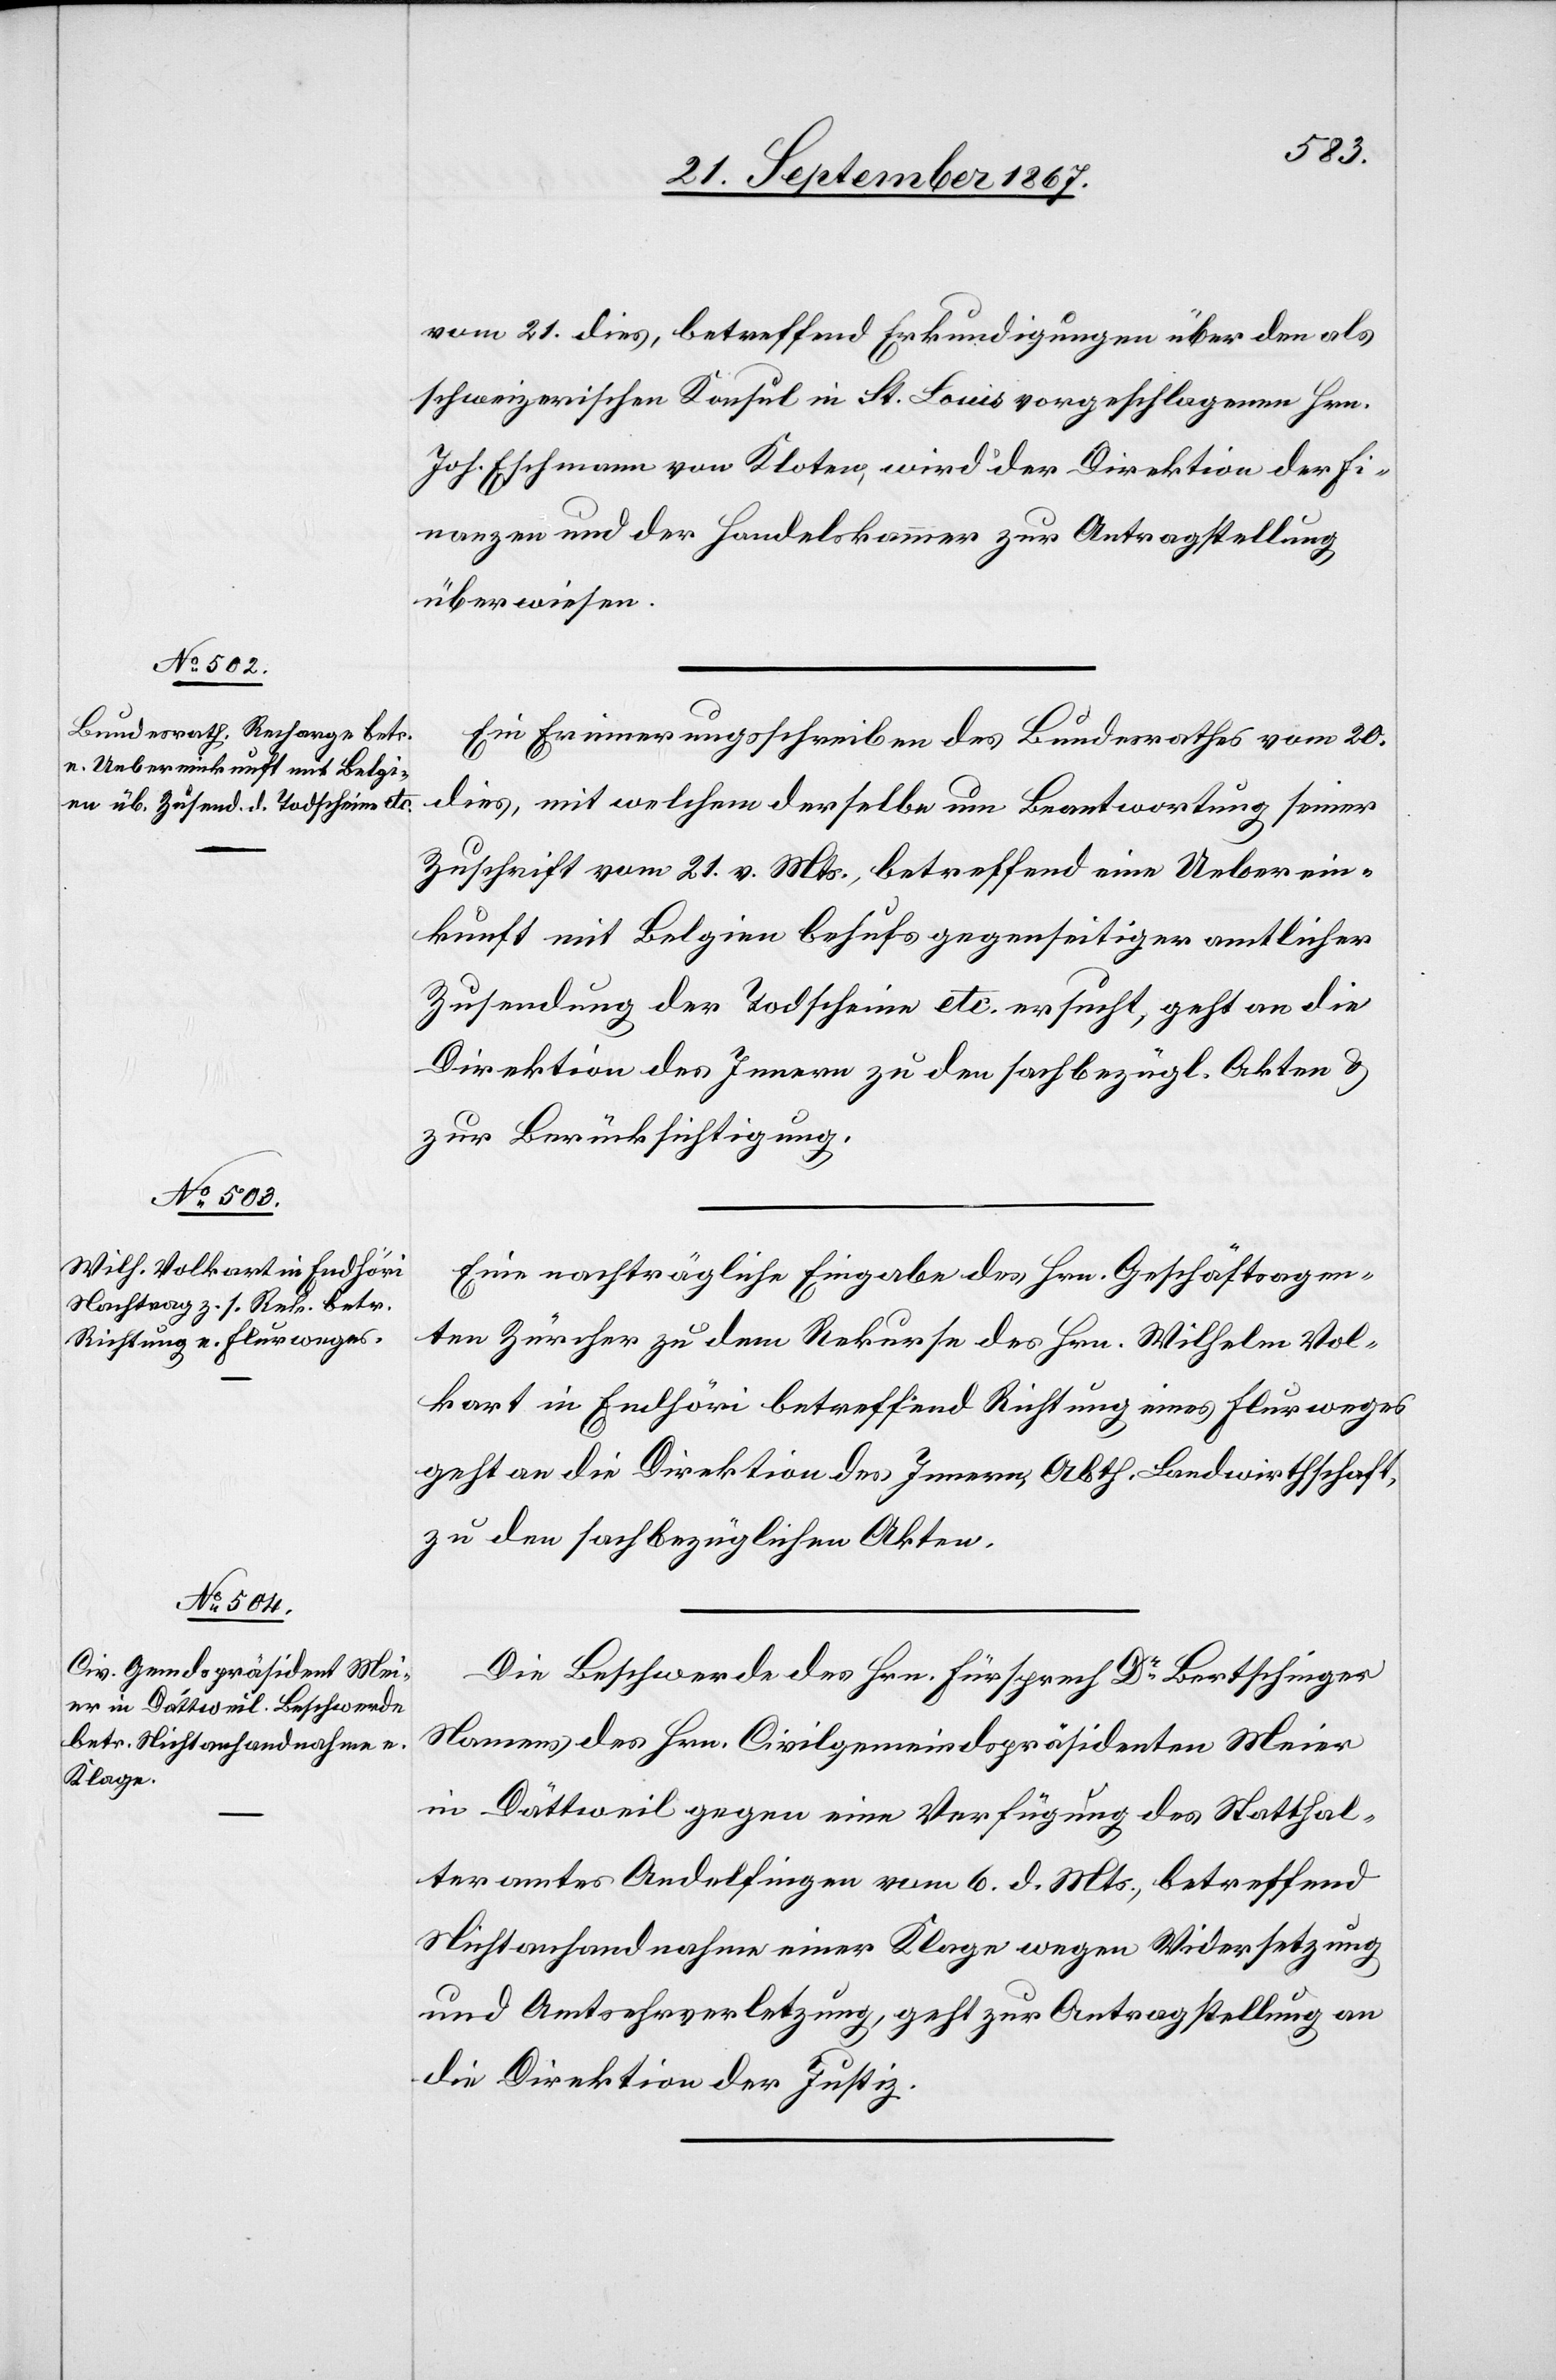
23. September 1867.]
vom 21. dies, betreffend Erkundigung über den als
schweizerischen Konsul in St. Louis vorgeschlagenen Hrn.
Joh. Eschmann von Kloten, wird der Direktion der Fi¬
nanzen und der Handelskammer zur Antragstellung
überwiesen.
Ein Erinnerungsschreiben des Bundesrathes vom 20.
dies, mit welchem derselbe um Beantwortung seiner
Zuschrift vom 21. v. Mts., betreffend eine Ueberein¬
kunft mit Belgien behufs gegenseitiger amtlicher
Zusendung der Todscheine etc. ersucht, geht an die
Direktion des Innern zu den sachbezüglichen Akten u.
zur Berücksichtigung.
Eine nachträgliche Eingabe des Hrn. Geschäftsagen¬
ten Zürcher zu dem Rekurse des Hrn. Wilhelm Vol¬
kart in Endhöri betreffend Richtung eines Flurweges
geht an die Direktion des Innern, Abth. Landwirthschaft
zu den sachbezüglichen Akten.
Die Beschwerde des Hrn. Fürsprech Dr. Bertschinger
Namens des Hrn. Civilgemeindspräsidenten Meier
in Dättweil gegen eine Verfügung des Statthal¬
teramtes Andelfingen vom 6. d. Mts., betreffend
Nichtanhandnahme einer Klage wegen Widersetzung
und Amtsehrverletzung, geht zur Antragstellung an
die Direktion der Justiz.